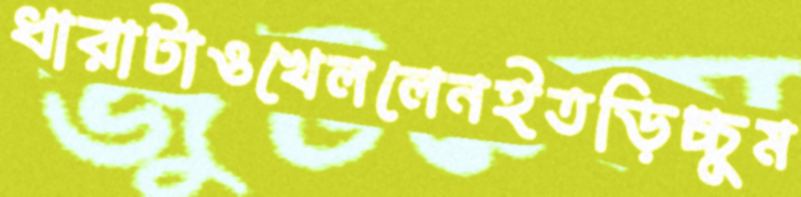
ধারাটাওখেললেনইতড়িচ্চুম